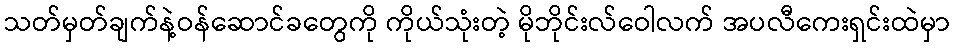
သတ်မှတ်ချက်နဲ့ဝန်ဆောင်ခတွေကို ကိုယ်သုံးတဲ့ မိုဘိုင်းလ်ဝေါလက် အပလီကေးရှင်းထဲမှာ